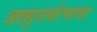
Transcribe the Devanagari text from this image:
जलपुनर्भरणाचा